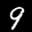
Label: 9